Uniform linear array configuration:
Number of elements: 32
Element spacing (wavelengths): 0.5
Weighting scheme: cosine
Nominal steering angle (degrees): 15
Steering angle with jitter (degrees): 13.137
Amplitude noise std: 0.05
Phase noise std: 0.05

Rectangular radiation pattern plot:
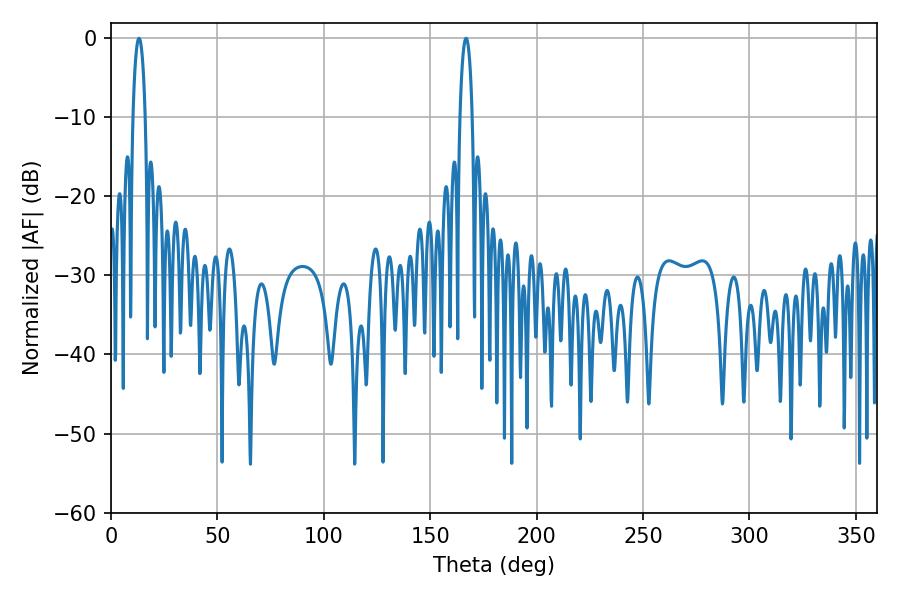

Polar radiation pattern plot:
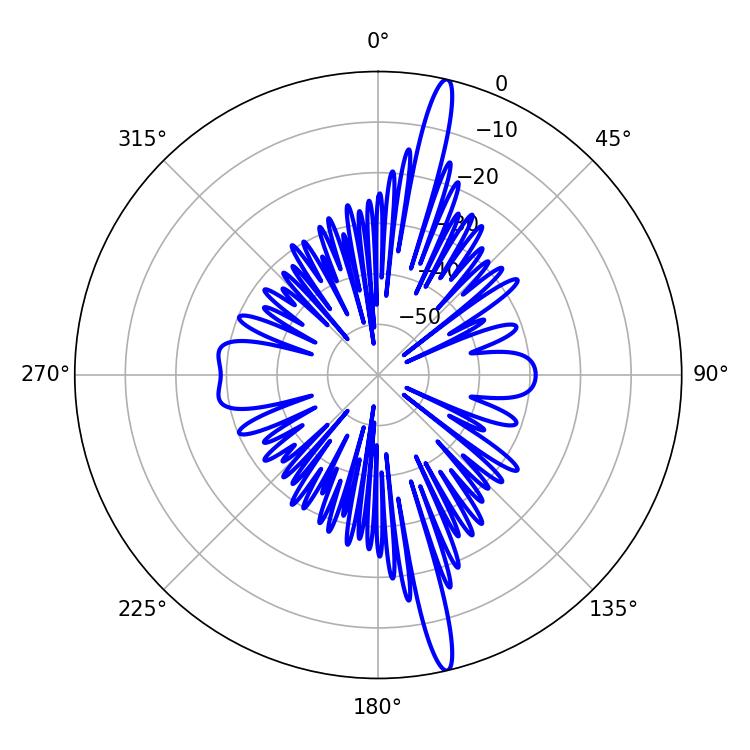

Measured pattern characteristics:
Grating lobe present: FALSE
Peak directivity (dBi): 18.343
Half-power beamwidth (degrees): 3.24
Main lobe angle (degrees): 13.14